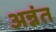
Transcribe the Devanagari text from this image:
अन्नंत